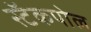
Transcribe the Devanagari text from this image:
स्टॅकपोल